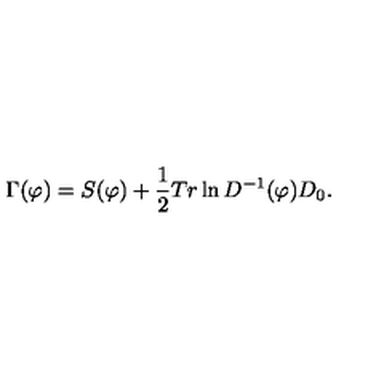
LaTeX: \Gamma ( \varphi ) = S ( \varphi ) + \frac { 1 } { 2 } T r \ln D ^ { - 1 } ( \varphi ) D _ { 0 } .